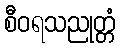
စီဝရသညုတ္တံ